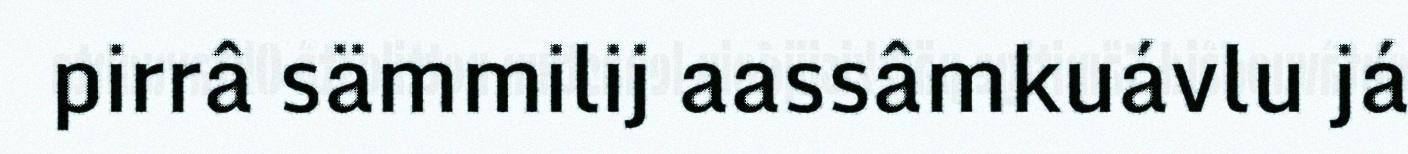
pirrâ sämmilij aassâmkuávlu já